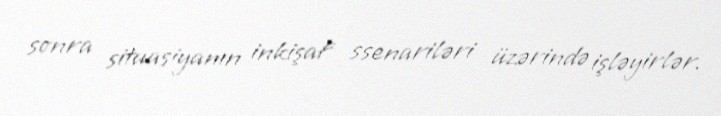
sonra situasiyanın inkişaf ssenariləri üzərində işləyirlər.